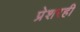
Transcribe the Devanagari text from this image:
प्रेशरही